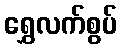
ရွှေလက်စွပ်